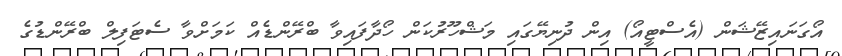
އޯގަނައިޒޭޝަން (އެސްޓީއޯ) އިން ދުނިޔޭގައި މަޝްހޫރުކަން ހޯދާފައިވާ ބްރޭންޑެއް ކަމަށްވާ ސެޓަފިލް ބްރޭންޑުގެ